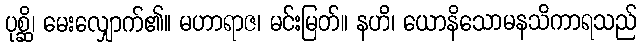
ပုစ္ဆိ၊ မေးလျှောက်၏။ မဟာရာဇ၊ မင်းမြတ်။ နဟိ၊ ယောနိသောမနသိကာရသည်